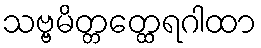
သဗ္ဗမိတ္တတ္ထေရဂါထာ